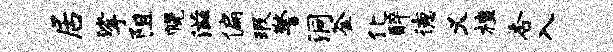
居挲阻幌滋偏瑕警洞釜化醉德义檀杏入